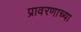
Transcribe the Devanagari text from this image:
प्रावरणाच्या